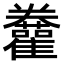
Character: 𩁫